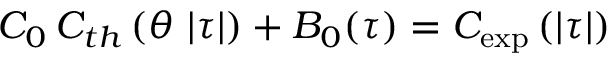
C _ { 0 } \, C _ { t h } \left( \theta \, \left| \tau \right| \right) + B _ { 0 } ( \tau ) = C _ { \exp } \left( \left| \tau \right| \right)